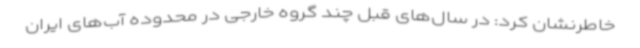
خاطرنشان کرد: در سال‌های قبل چند گروه خارجی در محدوده آب‌های ایران